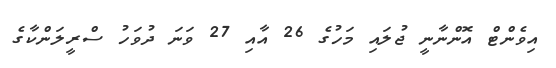
އިވެންޓް އޮންނާނީ ޖުލައި މަހުގެ 26 އާއި 27 ވަނަ ދުވަހު ސްރީލަންކާގެ